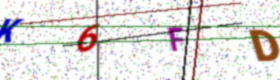
Text: K6FD